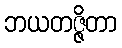
ဘယတဇ္ဇိတာ